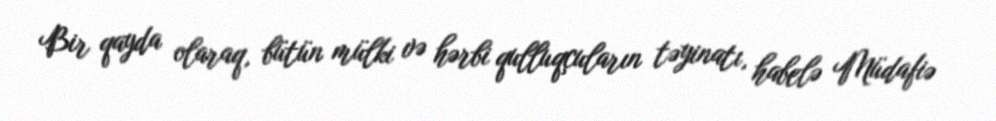
Bir qayda olaraq, bütün mülki və hərbi qulluqçuların təyinatı, habelə Müdafiə